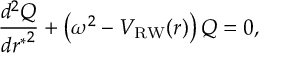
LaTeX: { \frac { d ^ { 2 } Q } { d { r ^ { * } } ^ { 2 } } } + \left( \omega ^ { 2 } - V _ { \mathrm { R W } } ( r ) \right) Q = 0 ,